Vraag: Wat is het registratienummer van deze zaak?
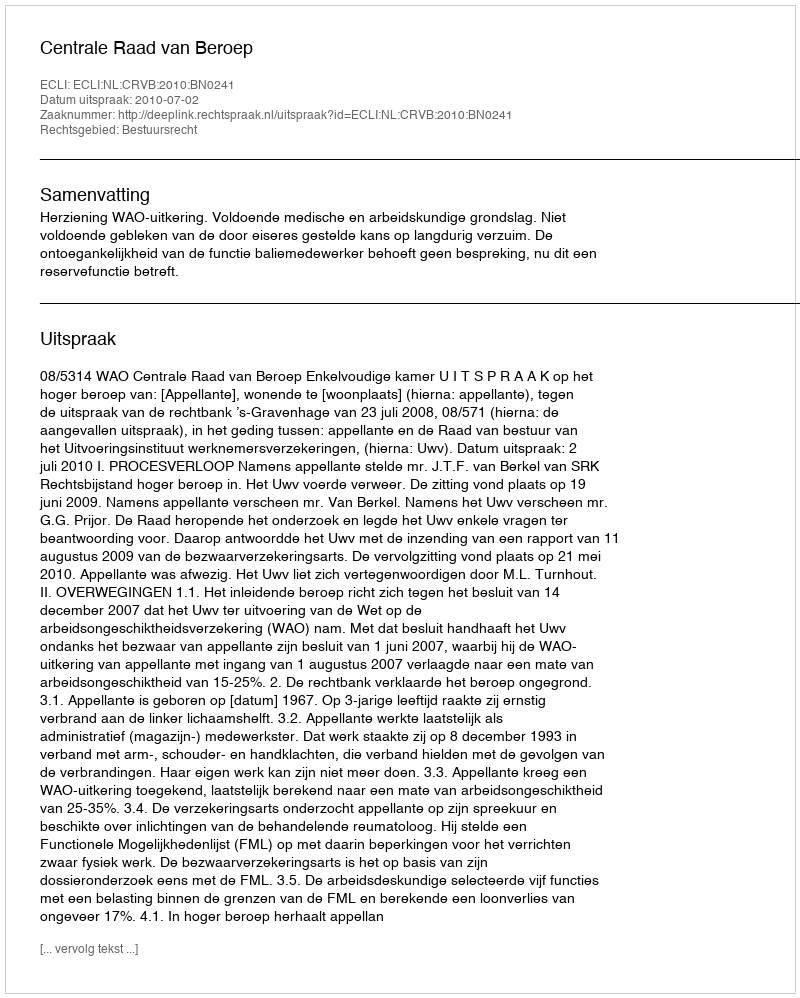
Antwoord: http://deeplink.rechtspraak.nl/uitspraak?id=ECLI:NL:CRVB:2010:BN0241